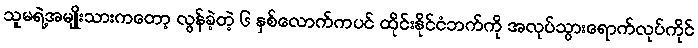
သူမရဲ့အမျိုးသားကတော့ လွန်ခဲ့တဲ့ ၆ နှစ်လောက်ကပင် ထိုင်းနိုင်ငံဘက်ကို အလုပ်သွားရောက်လုပ်ကိုင်